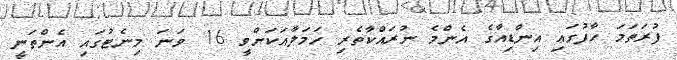
ފުރަތަމަ ހާފުގައި އިންޑިއާގެ އެންމެ ނުރައްކާތެރި ހަމަލާއަކަށްވީ 16 ވަނަ މިނެޓުގައި އެންތަނީ